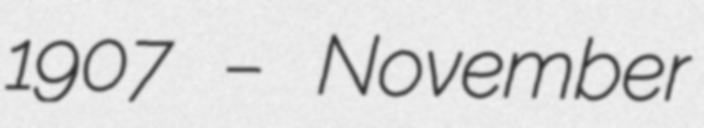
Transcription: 1907 – November